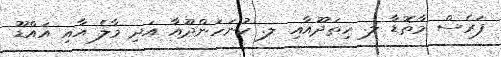
ފަރެސް މާތޮޑާ ލ. ހިތަދޫއާއި ލ. ކުނަހަންދޫއާ އަދި މާލެ އާއި އައްޑޫ